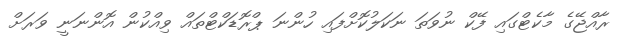
ރާއްޖޭގެ މާކެޓްގައި ފޭކް ނުވަތަ ނަކަލުކޮށްފައި ހުންނަ ޕްރޮޑަކްޓްތައް ވިއްކުން އޮންނަނީ ވަރަށް